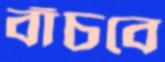
বাঁচবে